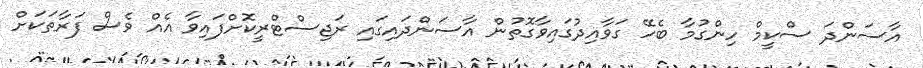
އާސަންދަ ސްކީމް ހިންގުމާ ބެހޭ ގަވާއިދުގައިވާގޮތުން އާސަންދައިގައި ރަޖިސްޓްރީކޮށްފައިވާ އެެއް ވެސް ފަރާތަކަށް